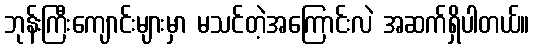
ဘုန်းကြီးကျောင်းများမှာ မသင်တဲ့အကြောင်းလဲ အဆက်ရှိပါတယ်။